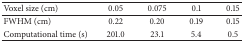
<table><thead><tr><td><b>Voxel size (cm)</b></td><td><b>0.05</b></td><td><b>0.075</b></td><td><b>0.1</b></td><td><b>0.15</b></td></tr></thead><tbody><tr><td>FWHM (cm)</td><td>0.22</td><td>0.20</td><td>0.19</td><td>0.15</td></tr><tr><td>Computational time (s)</td><td>201.0</td><td>23.1</td><td>5.4</td><td>0.5</td></tr></tbody></table>